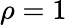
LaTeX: \rho=1